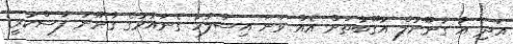
އަދި އާ ގާނޫނުލް އުގޫބާތަށް އެއް ވަނަ އިސްލާހު ގެނައުމުގެ ގާނޫނު ފާސްކުރީ